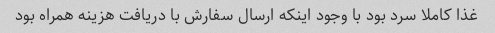
غذا کاملا سرد بود با وجود اینکه ارسال سفارش با دریافت هزینه همراه بود